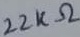
Text: 22KΩ